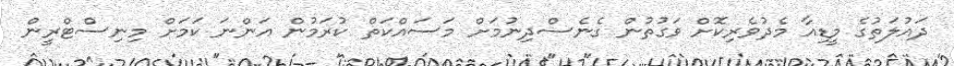
ދައުލަތުގެ މީޑިއާ މެދުވެރިކޮށް ވަގުތުން ގެނެސްދިނުމަށް މަސައްކަތް ކުރަމުން އަންނަ ކަމަށް މިނިސްޓްރީން